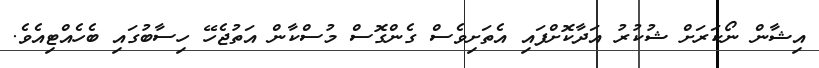
އިޝާން ނޯކަރަށް ޝުކުރު އަދާކޮށްފައި އެތަށިވެސް ގެންގޮސް މުސްކާން އަތުޖެހޭ ހިސާބުގައި ބެހެއްޓިއެވެ.